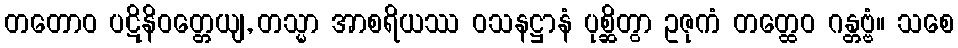
တတောဝ ပဋိနိဝတ္တေယျ, တသ္မာ အာစရိယဿ ဝသနဋ္ဌာနံ ပုစ္ဆိတွာ ဥဇုကံ တတ္ထေဝ ဂန္တဗ္ဗံ။ သစေ